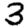
Digit: 3